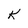
Character: K